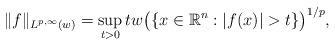
LaTeX: \begin{align*}\|f\|_{L^{p,\infty} (w)} &= \sup_{t>0} t w\big(\{x\in\mathbb{R}^{n}: |f(x)|>t\} \big)^{1/p},\end{align*}